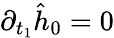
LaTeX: \partial_{t_{1}}\hat{h}_{0}=0